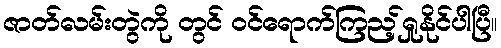
ဇာတ်လမ်းတွဲကို တွင် ဝင်ရောက်ကြည့်ရှုနိုင်ပါပြီ။